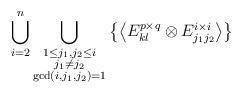
LaTeX: \begin{align*}\bigcup_{i=2}^{n}\bigcup_{\substack{1\le j_1,j_2\le i\\j_1\ne j_2\\\gcd(i,j_1,j_2)=1}}\left\{\left<E^{p\times q}_{kl}\otimes E^{i\times i}_{j_1j_2}\right>\right\}\end{align*}